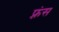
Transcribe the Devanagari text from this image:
फ़्रंस